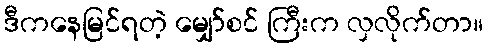
ဒီကနေမြင်ရတဲ့ မျှော်စင် ကြီးက လှလိုက်တာ။